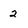
Character: 2